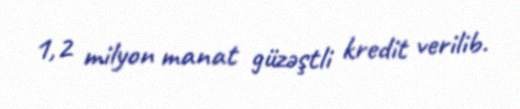
1,2 milyon manat güzəştli kredit verilib.